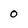
Character: 0